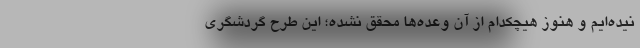
نیده‌ایم و هنوز هیچکدام از آن وعده‌ها محقق نشده؛ این طرح گردشگری